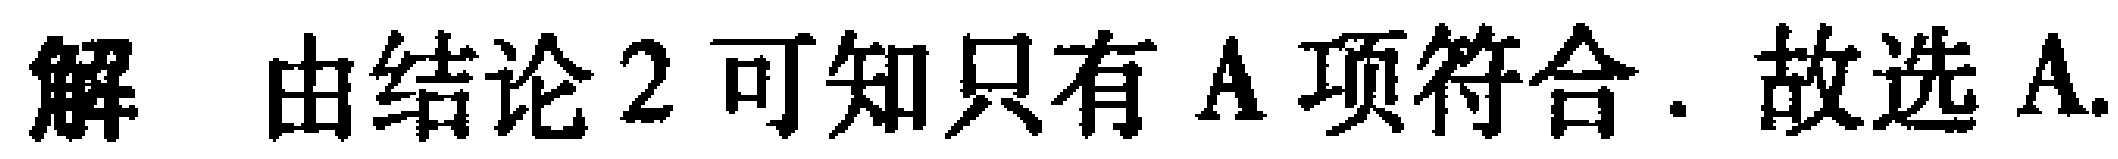
解 由结论 2 可知只有 A 项符合. 故选 A.